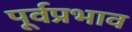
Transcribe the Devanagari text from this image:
पूर्वप्रभाव